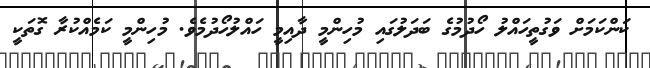
ކަންކަމަށް ވަގުތީހައްލު ހޯދުމުގެ ބަދަލުގައި މުހިންމީ ދާއިމީ ހައްލުހޯދުމެވެ. މުހިންމީ ކަމެއްކުރާ ގޮތަކީ